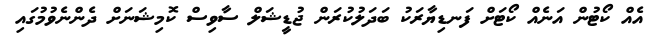
އެއް ކޯޓުން އަނެއް ކޯޓަށް ފަނޑިޔާރަކު ބަދަލުކުރަން ޖުޑީޝަލް ސާވިސް ކޮމިޝަނަށް ދެންނެވުމުގައި